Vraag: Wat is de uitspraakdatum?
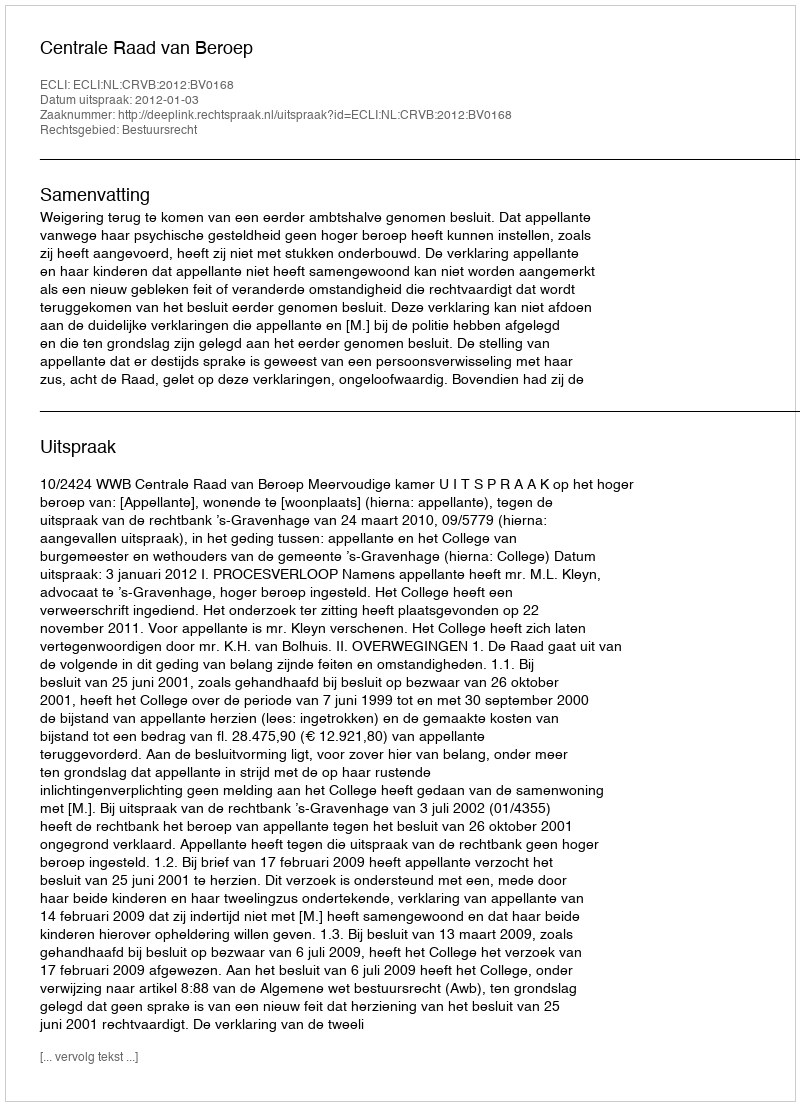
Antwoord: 2012-01-03